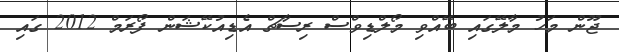
ޖޫން މަހު މާލޭގައި ބޭއްވި މޯލްޑިވްސް ރިސާޗް އެޑިއުކޭޝަން ފޯރަމް 2012 ގައި